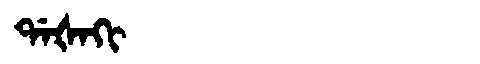
Manchu: ᡩᠠᡧᠠᡴᡳ
Romanization: DAŠAKI